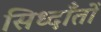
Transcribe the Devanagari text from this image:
सिध्दाँतोँ